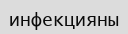
инфекцияны